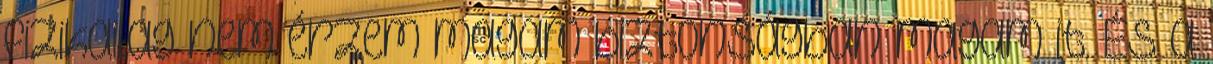
fizikailag nem érzem magam biztonságban magam it. És a